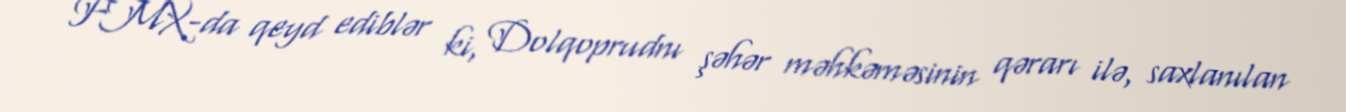
FMX-da qeyd ediblər ki, Dolqoprudnı şəhər məhkəməsinin qərarı ilə, saxlanılan